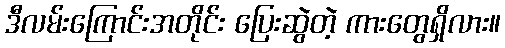
ဒီလမ်းကြောင်းအတိုင်း ပြေးဆွဲတဲ့ ကားတွေရှိလား။